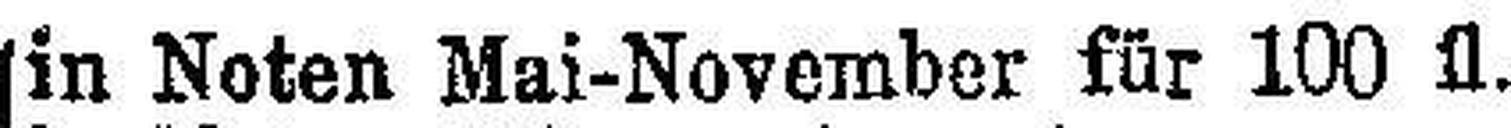
in Noten Mai-November für 100 fl.